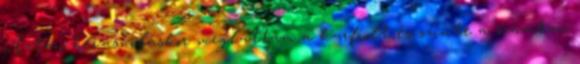
Aztán bevásárláskor megláttam a karfiolt és szinte a számban